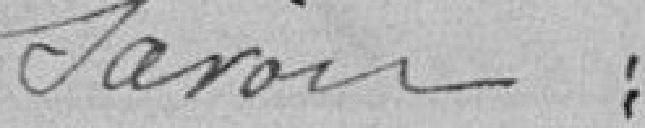
savoir :